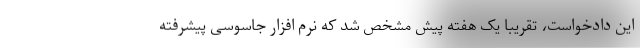
این دادخواست، تقریبا یک هفته پیش مشخص شد که نرم افزار جاسوسی پیشرفته